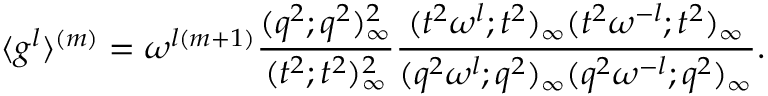
\langle g ^ { l } \rangle ^ { ( m ) } = \omega ^ { l ( m + 1 ) } \displaystyle \frac { ( q ^ { 2 } ; q ^ { 2 } ) _ { \infty } ^ { 2 } } { ( t ^ { 2 } ; t ^ { 2 } ) _ { \infty } ^ { 2 } } \displaystyle \frac { ( t ^ { 2 } \omega ^ { l } ; t ^ { 2 } ) _ { \infty } ( t ^ { 2 } \omega ^ { - l } ; t ^ { 2 } ) _ { \infty } } { ( q ^ { 2 } \omega ^ { l } ; q ^ { 2 } ) _ { \infty } ( q ^ { 2 } \omega ^ { - l } ; q ^ { 2 } ) _ { \infty } } .